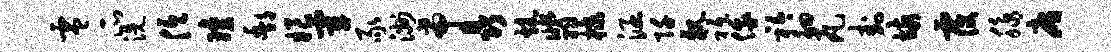
零瓜洗低琼酆娘宰豕洲帝晶炕翡棣涵阡亲祗俄衿徊瓦卦垓覆脉庸